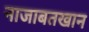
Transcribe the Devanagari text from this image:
नाजाबतखान